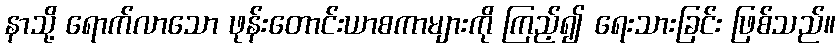
နာသို့ ရောက်လာသော ဖုန်းတောင်းယာစကာများကို ကြည့်၍ ရေးသားခြင်း ဖြစ်သည်။